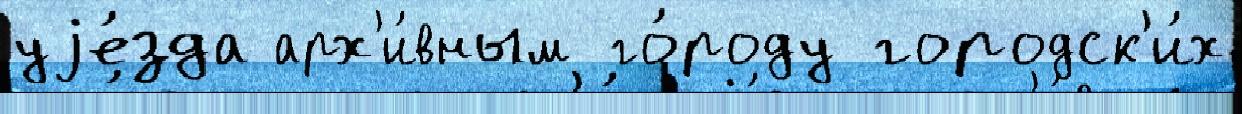
уjе́зда арх'и́вным го́роду городск'и́х